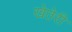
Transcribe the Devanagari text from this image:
खेतेरी